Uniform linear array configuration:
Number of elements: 24
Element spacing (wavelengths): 1
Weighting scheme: hamming
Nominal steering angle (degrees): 15
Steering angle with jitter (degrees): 16.555
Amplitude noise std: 0.05
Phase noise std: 0.05

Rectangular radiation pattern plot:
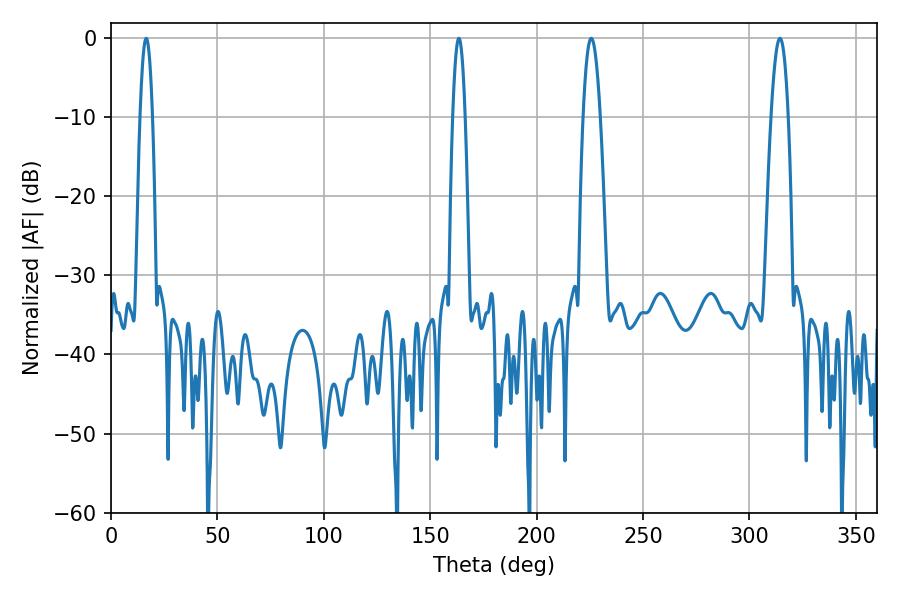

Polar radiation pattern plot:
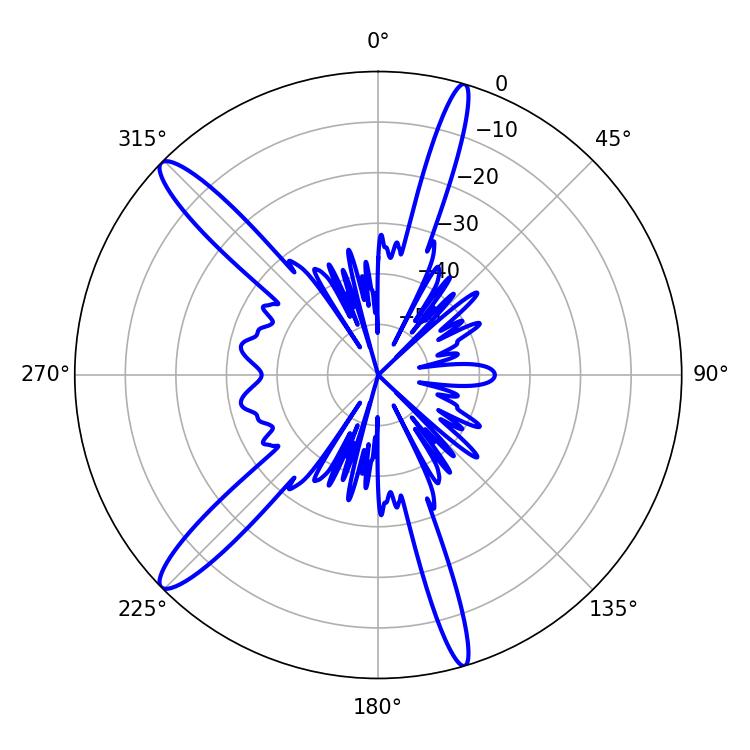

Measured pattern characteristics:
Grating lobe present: TRUE
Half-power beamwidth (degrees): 3.24
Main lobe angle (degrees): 16.56